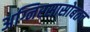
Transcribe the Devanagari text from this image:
अग्निरसासोबतच